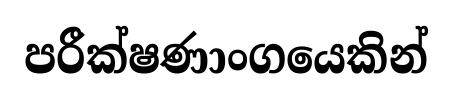
පරීක්ෂණාංගයෙකින්